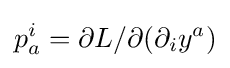
p_{a}^{i}=\partial L/\partial (\partial _{i}y^{a})